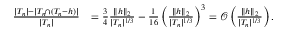
\begin{array} { r l } { \frac { | T _ { n } | - | T _ { n } \cap ( T _ { n } - h ) | } { | T _ { n } | } } & { = \frac { 3 } { 4 } \frac { \| h \| _ { 2 } } { | T _ { n } | ^ { 1 / 3 } } - \frac { 1 } { 1 6 } \left( \frac { \| h \| _ { 2 } } { | T _ { n } | ^ { 1 / 3 } } \right) ^ { 3 } = \mathcal { O } \left( \frac { \| h \| _ { 2 } } { | T _ { n } | ^ { 1 / 3 } } \right) . } \end{array}